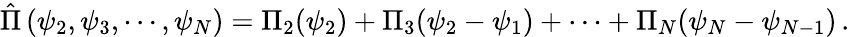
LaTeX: \hat{\Pi}\left(\psi_{2},\psi_{3},\cdots,\psi_{N}\right)=\Pi_{2}(\psi_{2})+\Pi_{3}(\psi_{2}-\psi_{1})+\cdots+\Pi_{N}(\psi_{N}-\psi_{N-1})\, .